Scottish Leaving Certificate Examination, 1960
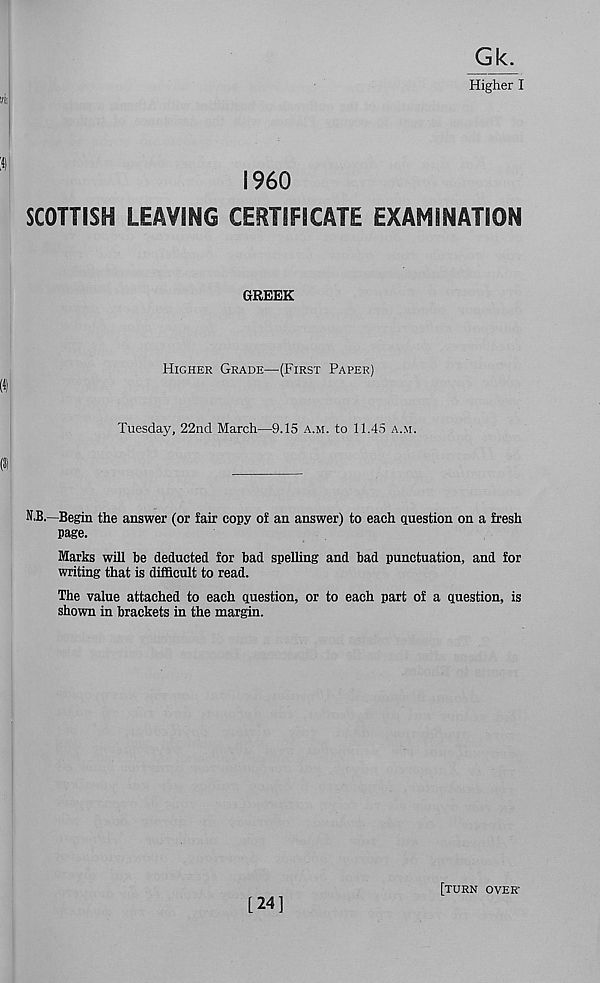
Higher I
I960
SCOTTISH LEAVING CERTIFICATE EXAMINATION
GREEK
Higher Grade—(First Paper)
Tuesday, 22nd March—9.15 a.m. to 11.45 a.m.
N.B.—Begin the answer (or fair copy of an answer) to each question on a fresh
page.
Marks will be deducted for bad spelling and bad punctuation, and for
writing that is difficult to read.
The value attached to each question, or to each part of a question, is
shown in brackets in the margin.
[24]
[TURN OVER-